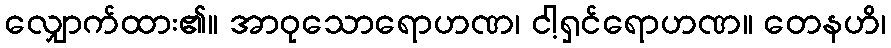
လျှောက်ထား၏။ အာဝုသောရောဟဏ၊ ငါ့ရှင်ရောဟဏ။ တေနဟိ၊